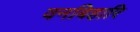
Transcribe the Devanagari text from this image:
वनबिहारि